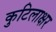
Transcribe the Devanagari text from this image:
कुटिलाक्षर